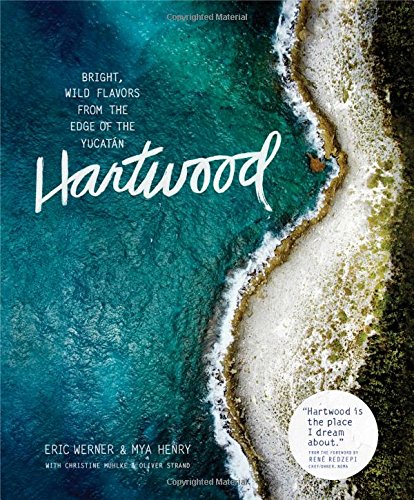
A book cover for Hartwood: Bright, Wild Flavors from the Edge of the YucatÃ¡n; Eric Werner; Cookbooks, Food & Wine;